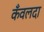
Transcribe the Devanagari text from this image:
कँवलदा